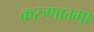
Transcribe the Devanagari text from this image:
करुणाम्मा